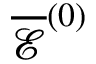
\overline { { \boldsymbol { \mathcal { E } } } } ^ { ( 0 ) }